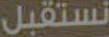
نستقبل